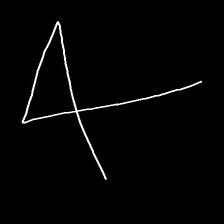
Glyph: collection